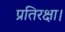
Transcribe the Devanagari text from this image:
प्रतिरक्षा।